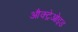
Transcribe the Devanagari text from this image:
औक्ट्रेओइड